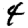
Digit: 4